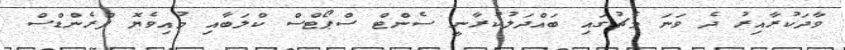
ވާދަކުރާއިރު ދެ ވަނަ މެޗުގައި ބައްދަލުކުރާނީ ސެންޓް ސްޕޯޓްސް ކްލަބާއި މުއިވެޔޮ ފްރެންޑްސް